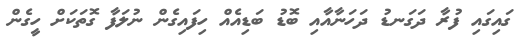
ގައިގައި ފުރާ ދަގަނޑު ދަހަނާއާއި ބޮޑު ބަޑިއެއް ހިފައިގެން ނުލަފާ ގޮތަކަށް ހީގެން